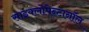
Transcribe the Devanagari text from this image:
साइक्लोपेन्टानॉल